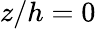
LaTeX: z/h=0